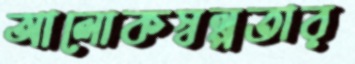
আলোকস্বল্পতার